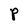
Character: P